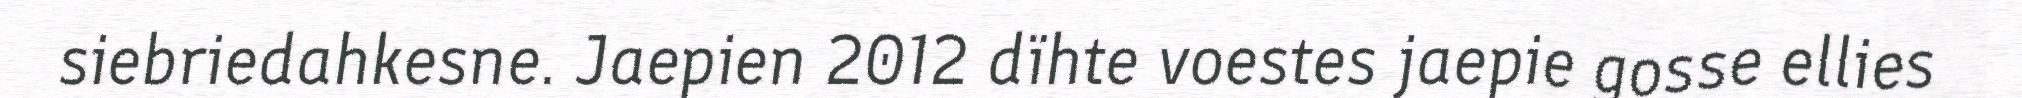
siebriedahkesne. Jaepien 2012 dïhte voestes jaepie gosse ellies